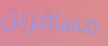
مسافرين